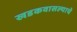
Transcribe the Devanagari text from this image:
खडकवासल्याचे